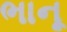
ભાનૂ